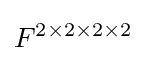
F^{2\times 2\times 2\times 2}